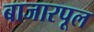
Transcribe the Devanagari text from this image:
बाजारपूल